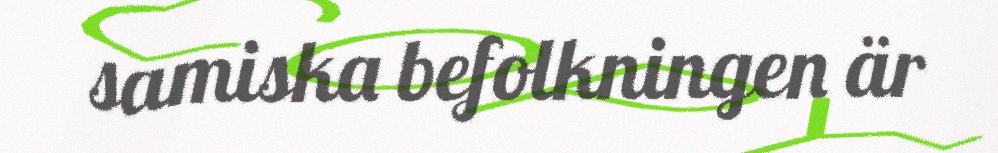
samiska befolkningen är